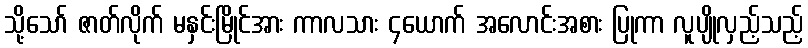
သို့သော် ဇာတ်လိုက် မနှင်းမြိုင်အား ကာလသား ၄ယောက် အလောင်းအစား ပြုကာ လူပျိုလှည့်သည့်